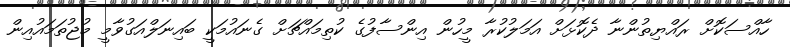
ހާއްސަކޮށް ރައްޔިތުންނާ ދެކޮޅަށް އަމަލުކުރާ މީހުން އިންސާފުގެ ކުތިމައްޗަށް ގެނައުމަކީ ބައިނަލްއަގުވާމީ މުޖުތަމައުއިން